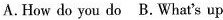
A.How do you do B.What's up